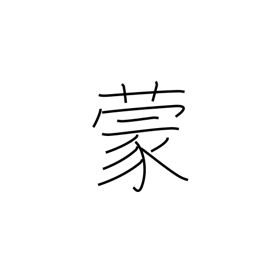
Meaning: be subjected to